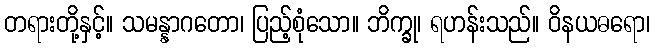
တရားတို့နှင့်။ သမန္နာဂတော၊ ပြည့်စုံသော။ ဘိက္ခု၊ ရဟန်းသည်။ ဝိနယဓရော၊